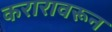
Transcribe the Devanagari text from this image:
करारावरून